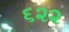
૬૨૨